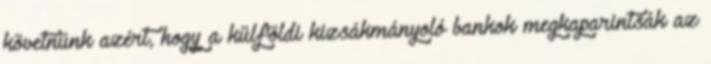
követnünk azért, hogy a külföldi kizsákmányoló bankok megkaparintsák az